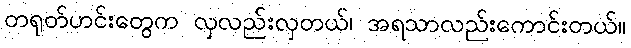
တရုတ်ဟင်းတွေက လှလည်းလှတယ်၊ အရသာလည်းကောင်းတယ်။